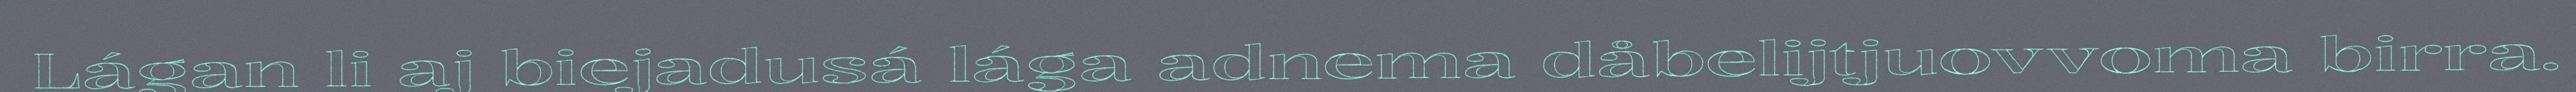
Lágan li aj biejadusá lága adnema dåbelijtjuovvoma birra.